Supplement to the account of plague administration in the Bombay Presidency from September 1896 till May 1897
Year: 1896
Disease focus: Plague
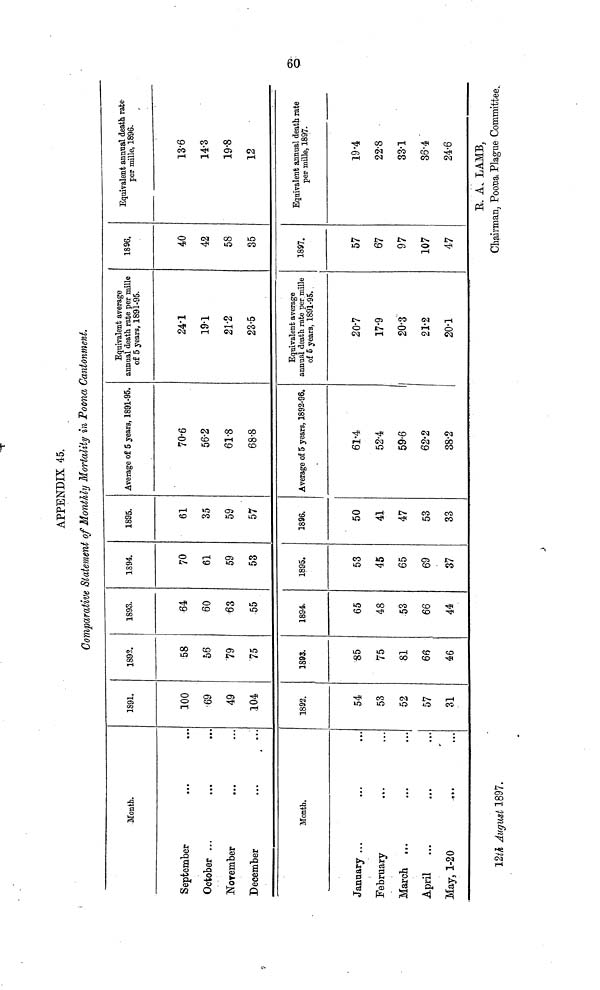
APPENDIX 45.
Comparative Statement of Monthly Mortality in Poona Cantonment.
Month.
September
October ...
November
December
...
...
...
...
...
...
...
...
Month.
January ...
February
March ...
April
May, 1-20
...
...
...
...
...
12th August 1897.
...
...
...
...
...
1891.
100
69
49
104
1892.
54
53
52
57
31
1892.
58
56
79
75
1893.
35
75
81
66
46
1893.
64
60
63
55
1894.
65
48
53
66
44
1894.
70
61
59
53
1895.
53
45
65
69
37
1895.
61
35
59
57
1896,
50
41
47
53
33
Average of 5 years, 1891-95.
70.6
56.2
61.8
68.8
Average of 5 years, 1892-96.
61.4
52.4
59.6
62.2
38.2
Equivalent average
annual death rate per mille
of 5 years, 1891-95.
24.1
19.1
21.2
23.5
Equivalent average
annual death rate per mille
of 5 years, 1891-95.
20-7
17-9
20-3
21-2
20-1
1896.
40
42
58
35
1897.
57
67
97
107
47
Equivalent annual death rate
per mille, 1896.
13.6
14.3
19.8
12
Equivalent annual death rate
60
per mille, 1897.
19.4
22.8
33.1
36.4
24.6
R. A. LAMB,
Chairman, Poona. Plague Committee.